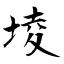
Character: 堎